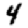
Digit: 4